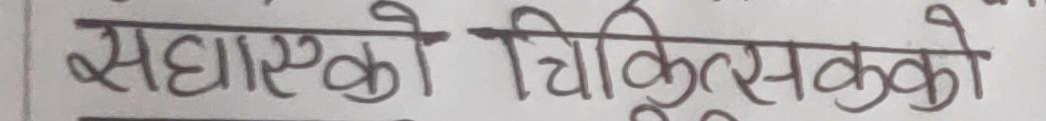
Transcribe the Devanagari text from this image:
सघाएको चिकित्सकको